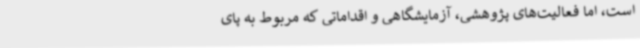
است، اما فعالیت‌های پژوهشی، آزمایشگاهی و اقداماتی که مربوط به پای